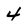
Character: 4